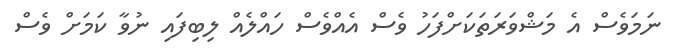
ނަމަވެސް އެ މަޝްވަރަތަކަށްފަހު ވެސް އެއްވެސް ހައްލެއް ލިބިފައި ނުވާ ކަމަށް ވެސް